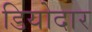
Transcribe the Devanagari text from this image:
डियोदार